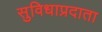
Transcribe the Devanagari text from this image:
सुविधाप्रदाता